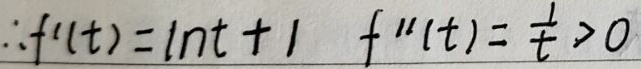
\(\therefore f'(t)=\ln t + 1\quad f''(t)=\frac{1}{t}>0\)